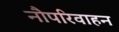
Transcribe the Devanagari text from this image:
नौपरिवाहन